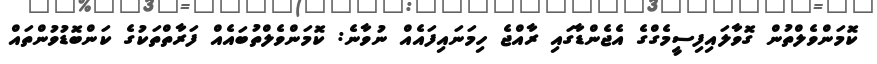
ކޮމަންވެލްތުން ގޮވާލައިފިސީމެގްގެ އެޖެންޑާގައި ރާއްޖެ ހިމަނައިފައެއް ނުވާނެ: ކޮމަންވެލްތުބައެއް ފަރާތްތަކުގެ ކަންބޮޑުވުންތައް